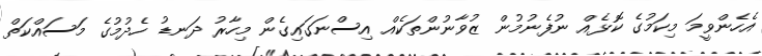
އެހެންވީމަ މިކަމުގެ ކޮޅެއް ނުފެނުމުން ޒުވާނުންތަކެއް އިސްނަގައިގެން މިހާރު ދަނޑު ހެދުމުގެ މަސައްކަތް